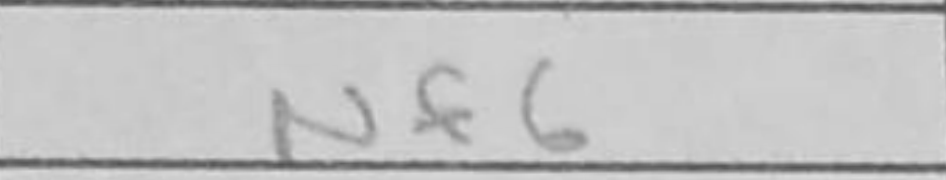
Transcription: Nf6